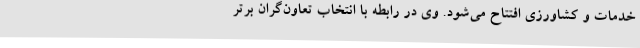
خدمات و کشاورزی افتتاح می‌شود. وی در رابطه با انتخاب تعاون‌گران برتر